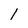
Character: 1